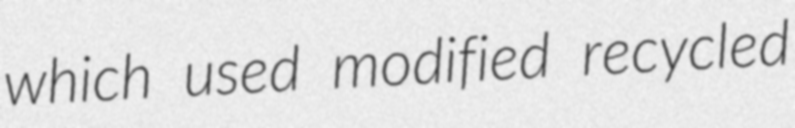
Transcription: which used modified recycled